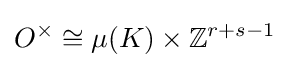
O^{\times }\cong \mu (K)\times \mathbb {Z} ^{r+s-1}